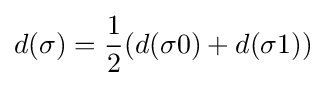
d(\sigma )={\frac {1}{2}}(d(\sigma 0)+d(\sigma 1))